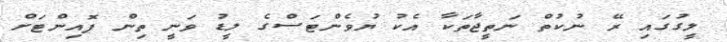
ލީގުގައި ރޭ ނުކުތް ނަތީޖާތަކާ އެކު ޔުވެންޓަސްގެ ލީޑު ވަނީ ތިން ޕޮއިންޓަށް